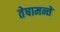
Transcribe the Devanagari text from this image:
तेषामन्ते